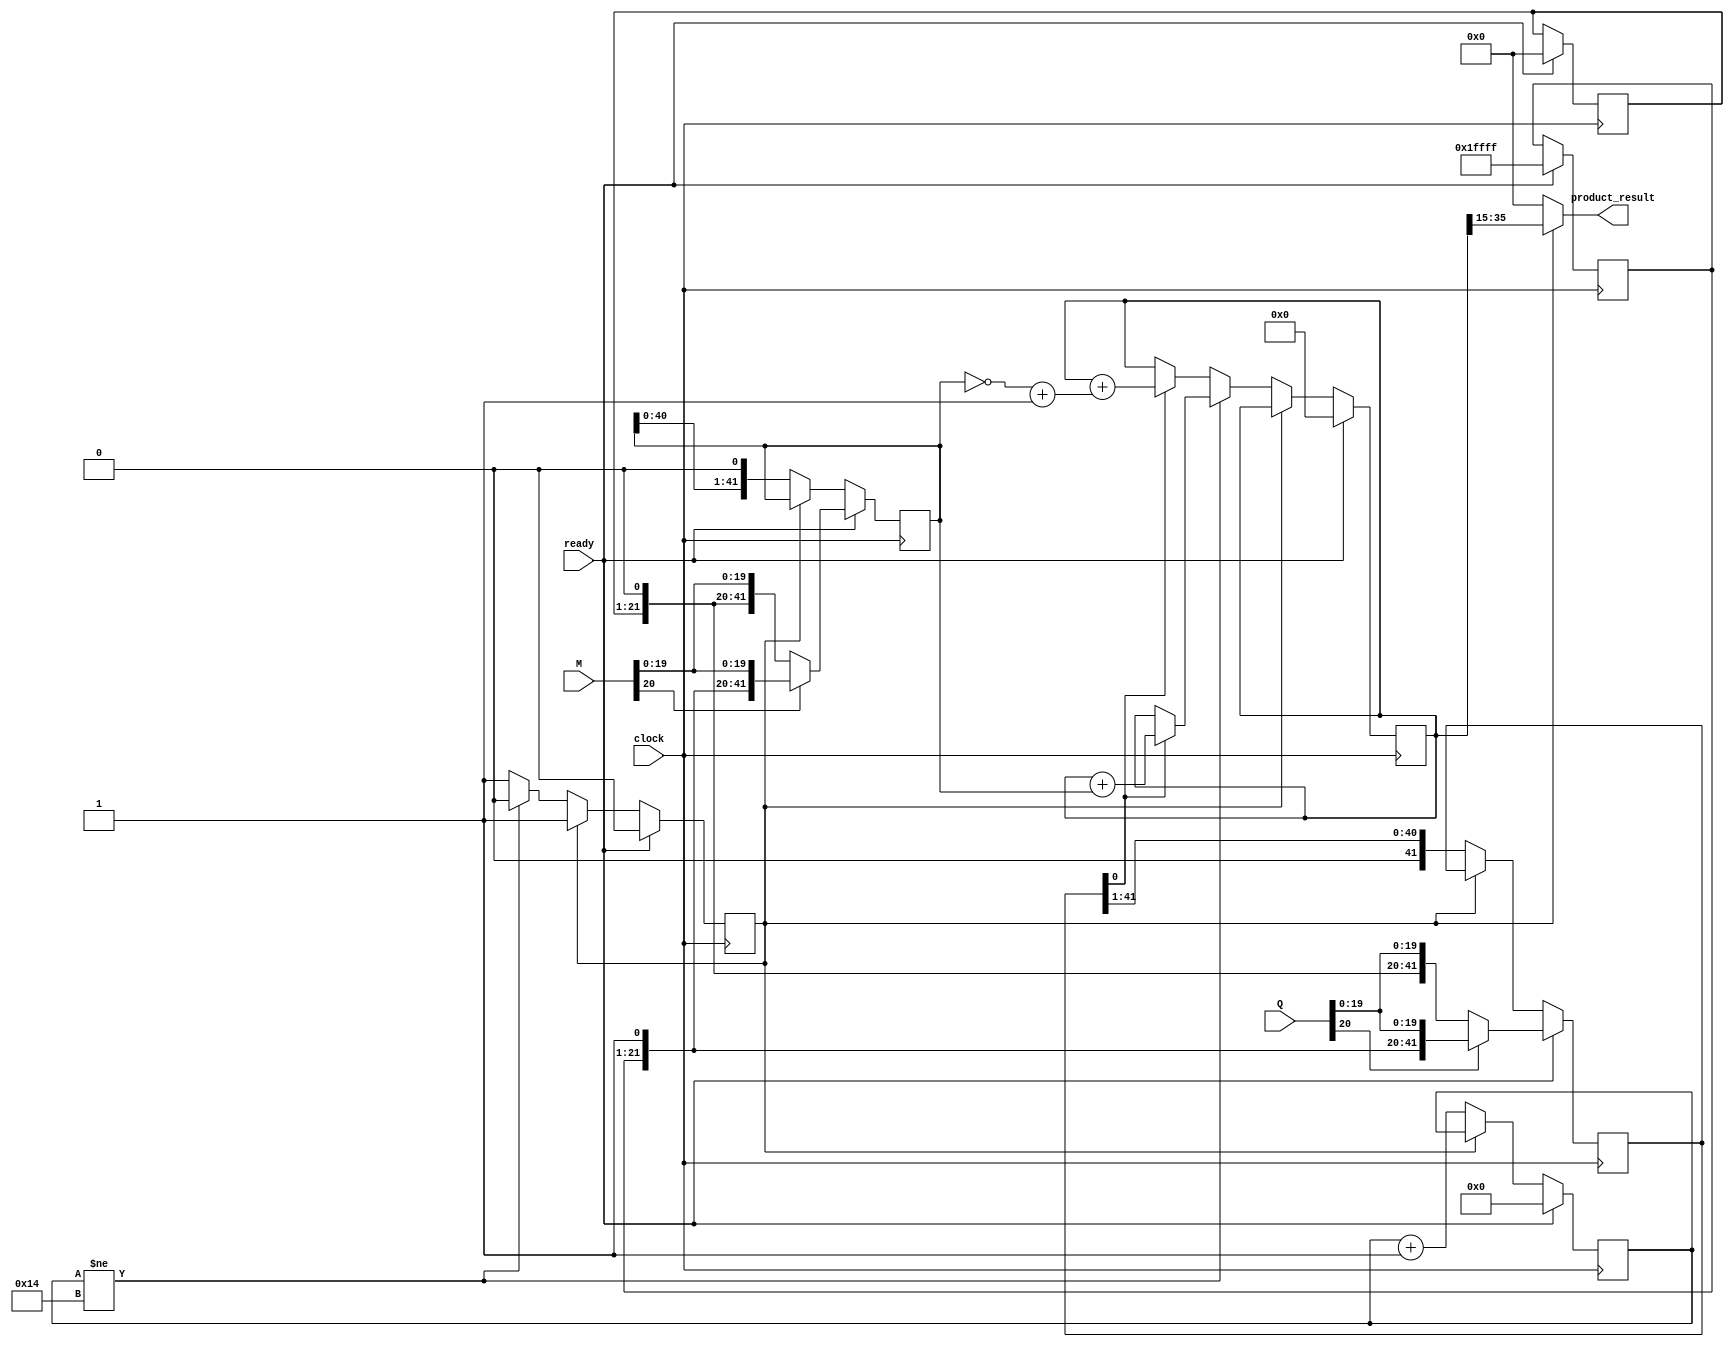
/*========================================================================================
* File_name     : multiplier.v
* Module_name   : multiplier
* Project       : Design and implement an ASIC for a Extreme Machine Learning (ELM) inference engine.
* Description   : This is Add shift based signed multplier which compute H*W21 multiplication.
* ========================================================================================*/

`timescale 1ns/10ps

//=======================================================================================
// ------------------------------ MODULE DECLARATION ------------------------------------
//=======================================================================================

   module multiplier(
                            M,
                            Q,
                            product_result,
                            ready,
                            clock);

//=======================================================================================
// ------------------------------ LOCAL PARAMETERS ------------------------------------
//=======================================================================================
          
        parameter N = 21;


//=======================================================================================
// ------------------------------ I/O DECLARATION ------------------------------------
//=======================================================================================

    input    [N-1:0] M;
	input    [N-1:0] Q;
	input    ready,clock;                
    output   [N-1:0] product_result;


//=======================================================================================
// ------------------------------ INTERNAL SIGNALS ------------------------------------
//=======================================================================================

	reg            val;
	reg [4:0]      count;
	reg [2*N-1:0]  M_int,Q_int,ACC;
	reg [N-1:0]    add_zeros ;
    reg [N-1:0]    add_ones ;
    
//=======================================================================================
// ------------------------------ ASSIGN STATEMENTS ------------------------------------
//=======================================================================================
    
	assign product_result =  val ?(ACC[35:15]):(21'd0);


//=======================================================================================
// ------------------------------ ALWAYS_FF BLOCKS ------------------------------------
//=======================================================================================

  always@(posedge clock) begin
		if(ready) begin                                           //readying operation 
			add_zeros <= 21'h00000;
            add_ones <= 21'h1FFFF;
			ACC   <= 42'd0;
			if(Q[N-1]==1)
			  Q_int <= {add_ones,Q};
			else
			  Q_int <= {add_zeros,Q};                          //for safety to get origina data intact if we shift to the right in multiplier (Q)
			  
			if(M[N-1]==1)
			  M_int <= {add_ones,M};
			else
			  M_int <= {add_zeros,M};                         //for safety to get origina data intact if we shift to the left in multiplicand (M)
			
			count <= 5'b0;
			val   <= 1'b0;
		 end
		
		else if(!val) begin                                          
			if (count != 5'd20) begin                            
		         if(Q_int[0]==1) 
                     ACC <= ACC + M_int;                    //Accumulator will add the data if Q_int[0]==1
            end
            else begin
                 if(Q_int[0]==1) 
                      ACC <= ACC + (~M_int + 42'd1);  //It will take care the last sign bit multplication to convert into 2's complement in negative number multiplier case
                 count <= 0;
                 val <= 1'b1;
            end
            M_int <= M_int<<1;
            Q_int <= Q_int>>1;
            count <= count+1;
        end
    end
	 
	
	
endmodule